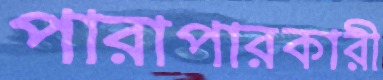
পারাপারকারী